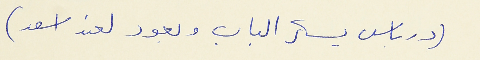
(درباس يسكر الباب ويعود لعند اسعد )